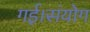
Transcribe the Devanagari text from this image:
गई।संयोग